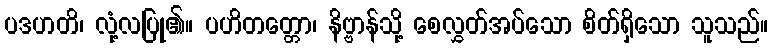
ပဒဟတိ၊ လုံ့လပြု၏။ ပဟိတတ္တော၊ နိဗ္ဗာန်သို့ စေလွှတ်အပ်သော စိတ်ရှိသော သူသည်။